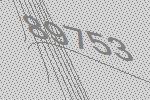
89753